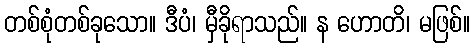
တစ်စုံတစ်ခုသော။ ဒီပံ၊ မှီခိုရာသည်။ န ဟောတိ၊ မဖြစ်။